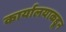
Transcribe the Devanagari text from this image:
कार्यालयाकडून